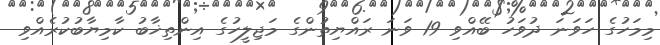
މިމަހުގެ ހަވަނަ ދުވަހު ބޭއްވި 19 ވަނަ ރައްޔިތުންގެ މަޖިލީހުގެ އިންތިޚާބު ކާމިޔާބުކުރެއްވި